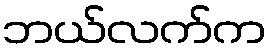
ဘယ်လက်က